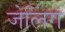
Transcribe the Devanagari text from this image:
जेलिंग